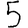
Digit: 5